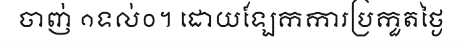
ចាញ់ ១ទល់០។ ដោយឡែកការប្រកួតថ្ងៃ